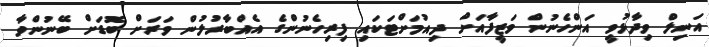
އަނިލް ވިދާޅުވީ އަންހެނުން ވަޒީފާއަށް ދިއުމަށްޓަކައި ފިރިހެނުންގެ އެއްބާރުލުން ވަރަށް ބޮޑަށް ބޭނުންވާ